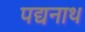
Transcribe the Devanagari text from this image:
पद्यनाथ